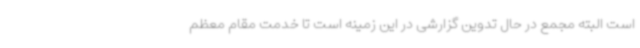
است البته مجمع در حال تدوین گزارشی در این زمینه است تا خدمت مقام معظم